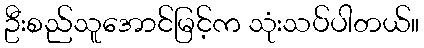
ဦးစည်သူအောင်မြင့်က သုံးသပ်ပါတယ်။